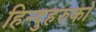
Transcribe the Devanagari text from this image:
हिन्दुहरुको